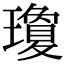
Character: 瓊